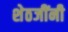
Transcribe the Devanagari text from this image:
शेठजींनी